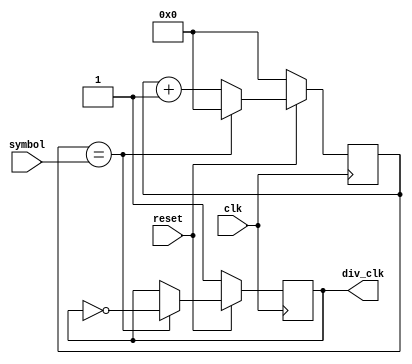
/**/
//`timescale 1ns / 1ps
//`include"headfile.v"

module clk_div(clk,reset,symbol,div_clk);

input clk;
input reset;
input [31:0] symbol;

output reg div_clk;

reg [31:0] count;

always @(posedge clk)
begin
	
		if (!reset)
			begin
				div_clk <= 1;
				count <= 0;
			end
		else 
			begin
				if(count == symbol)
					begin 
						div_clk <= ~div_clk;
						count <= 0;
					end
				else 
					count <= count + 1'b1;
			end
end
	
endmodule